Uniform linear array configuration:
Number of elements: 64
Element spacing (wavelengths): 0.25
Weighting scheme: hann
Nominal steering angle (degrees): -60
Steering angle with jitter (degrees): -61.412
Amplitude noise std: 0.05
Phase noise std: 0.05

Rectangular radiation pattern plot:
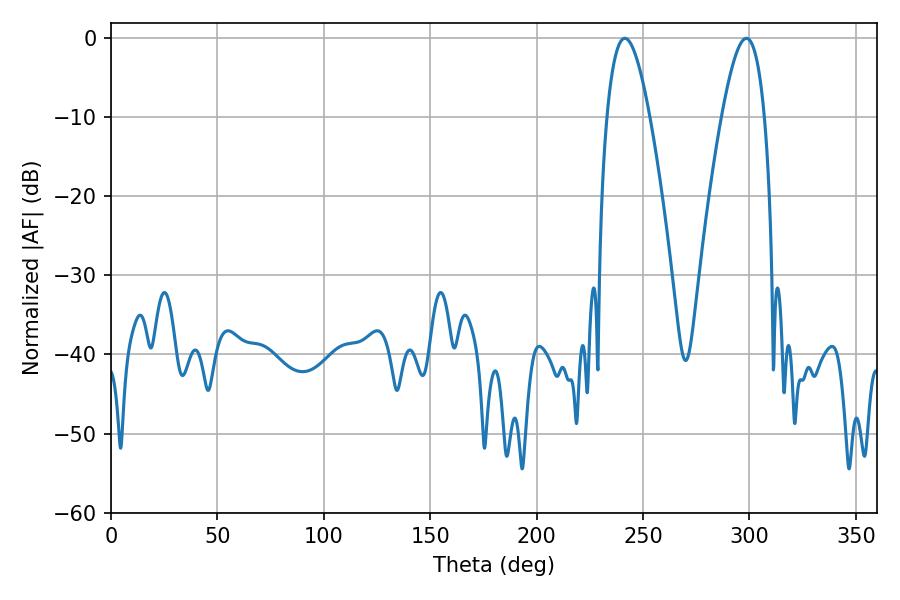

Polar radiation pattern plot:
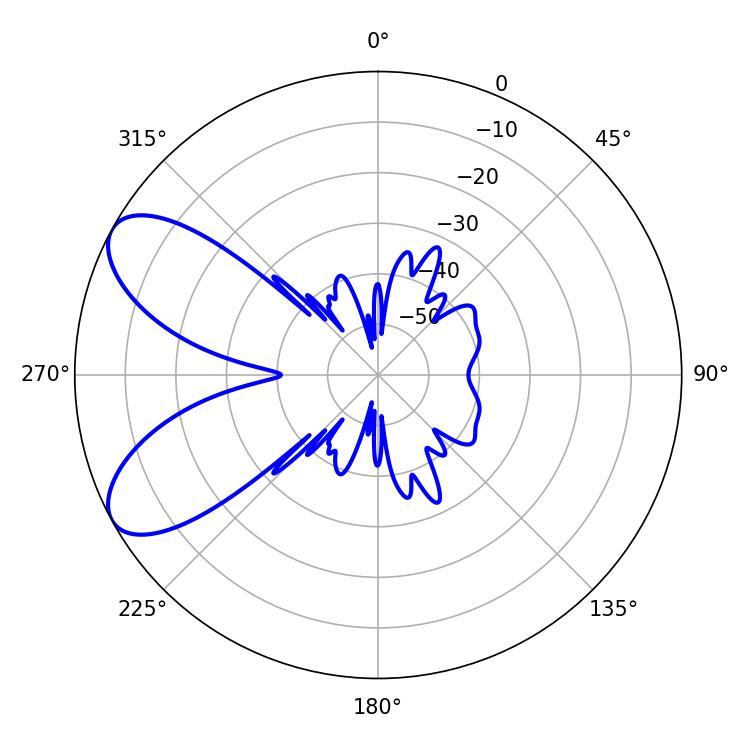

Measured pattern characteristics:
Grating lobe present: FALSE
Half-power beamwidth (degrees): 10.98
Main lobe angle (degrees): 241.38